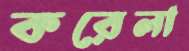
করেলা